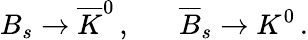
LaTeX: B_{s}\rightarrow\overline{{K}}^{0}\, ,\; \; \; \; \; \; \overline{{B}}_{s}\rightarrow K^{0}\, .